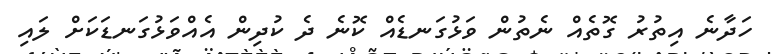
ހަދާނެ އިތުރު ގޮތެއް ނެތުން ވަޅުގަނޑެއް ކޮނެ ދެ ކުދިން އެއްވަޅުގަނޑަކަށް ލައި